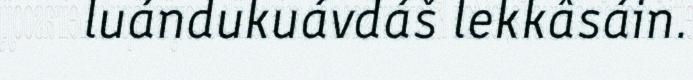
luándukuávdáš lekkâsáin.